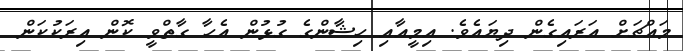
މައްޗަށް އަރައިގެން ދިޔައެވެ. އިމީއާއި ހިޝާންގެ ގުޅުން އެހާ ގާތްވީ ކޮން އިރަކުކަން